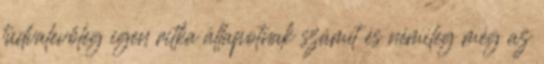
tudvalevőleg igen ritka állapotnak számít és némileg még az